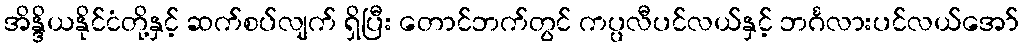
အိန္ဒိယနိုင်ငံတို့နှင့် ဆက်စပ်လျက် ရှိပြီး တောင်ဘက်တွင် ကပ္ပလီပင်လယ်နှင့် ဘင်္ဂလားပင်လယ်အော်